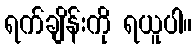
ရက်ချိန်းကို ရယူပါ။